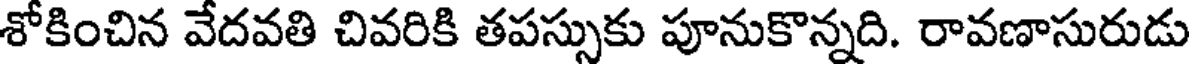
శోకించిన వేదవతి చివరికి తపస్సుకు పూనుకొన్నది. రావణాసురుడు